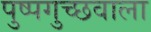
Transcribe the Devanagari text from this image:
पुष्पगुच्छवाला